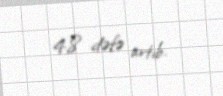
4,8 dəfə artıb.